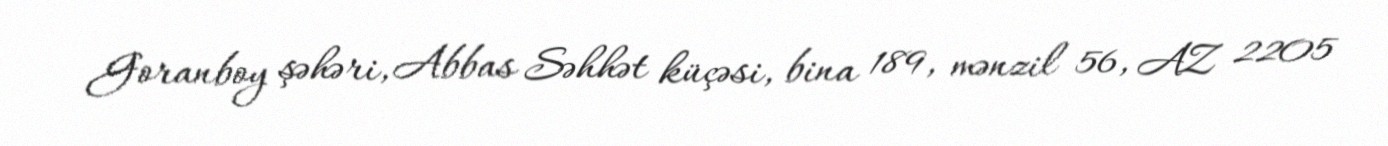
Goranboy şəhəri, Abbas Səhhət küçəsi, bina 189, mənzil 56, AZ 2205